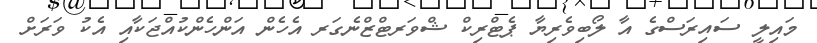
މައިލީ ސައިރަސްގެ އާ ލޯބިވެރިޔާ ޕެޓްރިކް ޝްވަރޓްޒްނެގަރ އެހެން އަންހެންކުއްޖަކާއި އެކު ވަރަށް